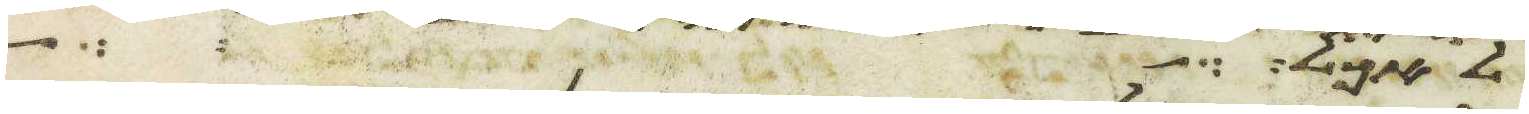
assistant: לאהל על